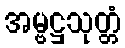
အမ္ဗဋ္ဌသုတ္တံ